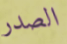
الصدر